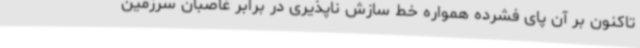
تاکنون بر آن پای فشرده همواره خط سازش ناپذیری در برابر غاصبان سرزمین